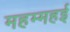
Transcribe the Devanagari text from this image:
महम्महई